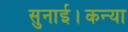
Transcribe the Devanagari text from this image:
सुनाई।कन्या